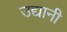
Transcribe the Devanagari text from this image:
उद्यानी